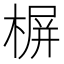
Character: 𣖕